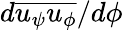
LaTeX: d\overline{{u_{\psi}u_{\phi}}}/d\phi